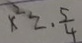
x ^ { 2 } = . \frac { 5 } { 4 }